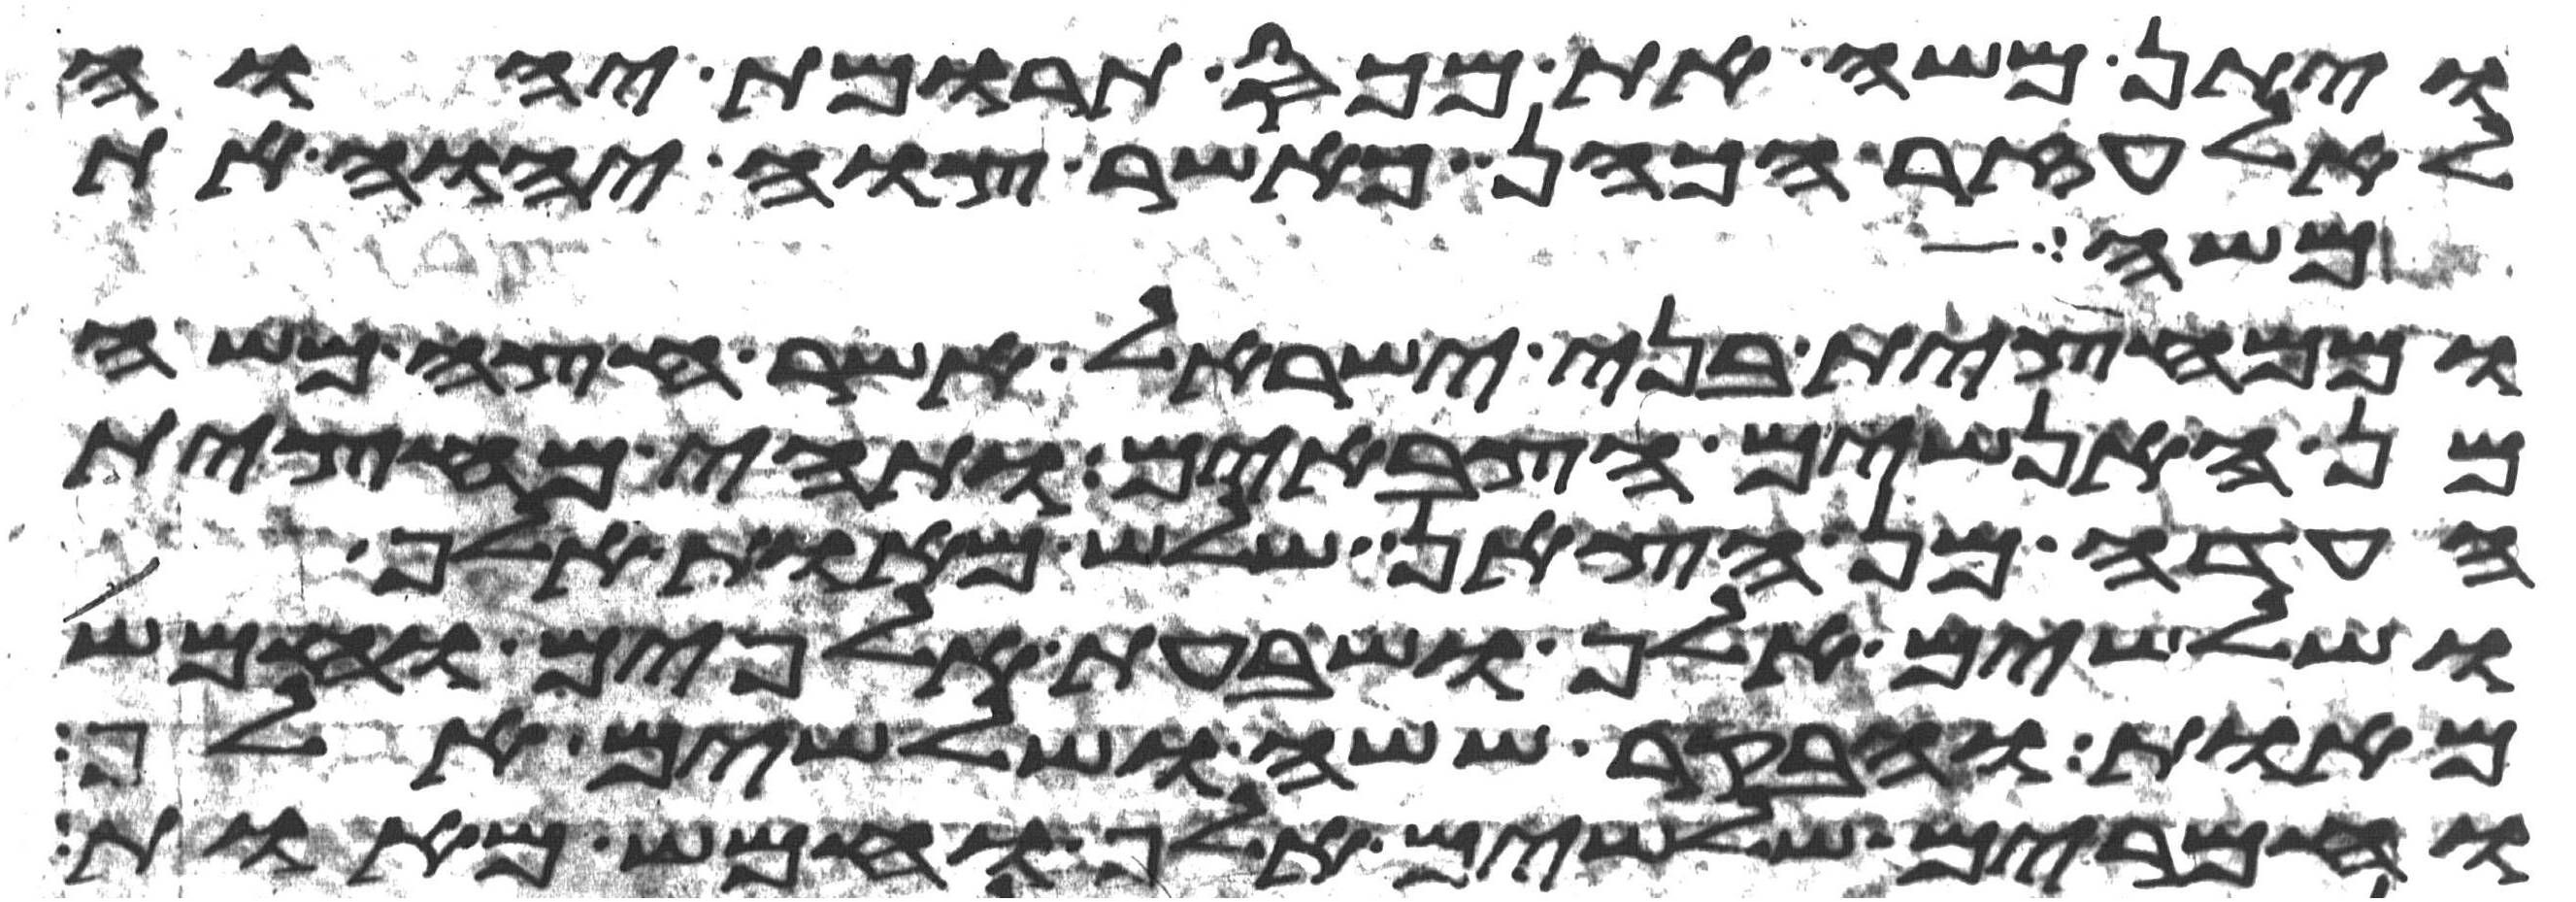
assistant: ויתן משה את מכס תרומת יהוה
לאלעזר הכהן כאשר צוה יהוה את
משה
וממחצית בני ישראל אשר חצה משה
מן האנשים הצבאים ותהי מחצית
העדה מן הצאן שלש מאות אלף
ושלשים אלף ושבעת אלפים וחמש
מאות ובקר ששה ושלשים אלף
וחמרים שלשים אלף וחמש מאות